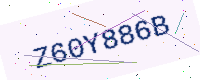
Text: Z60Y886B